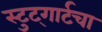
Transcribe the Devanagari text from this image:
स्टुट्गार्टचा